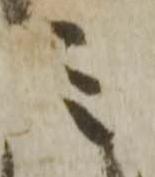
之